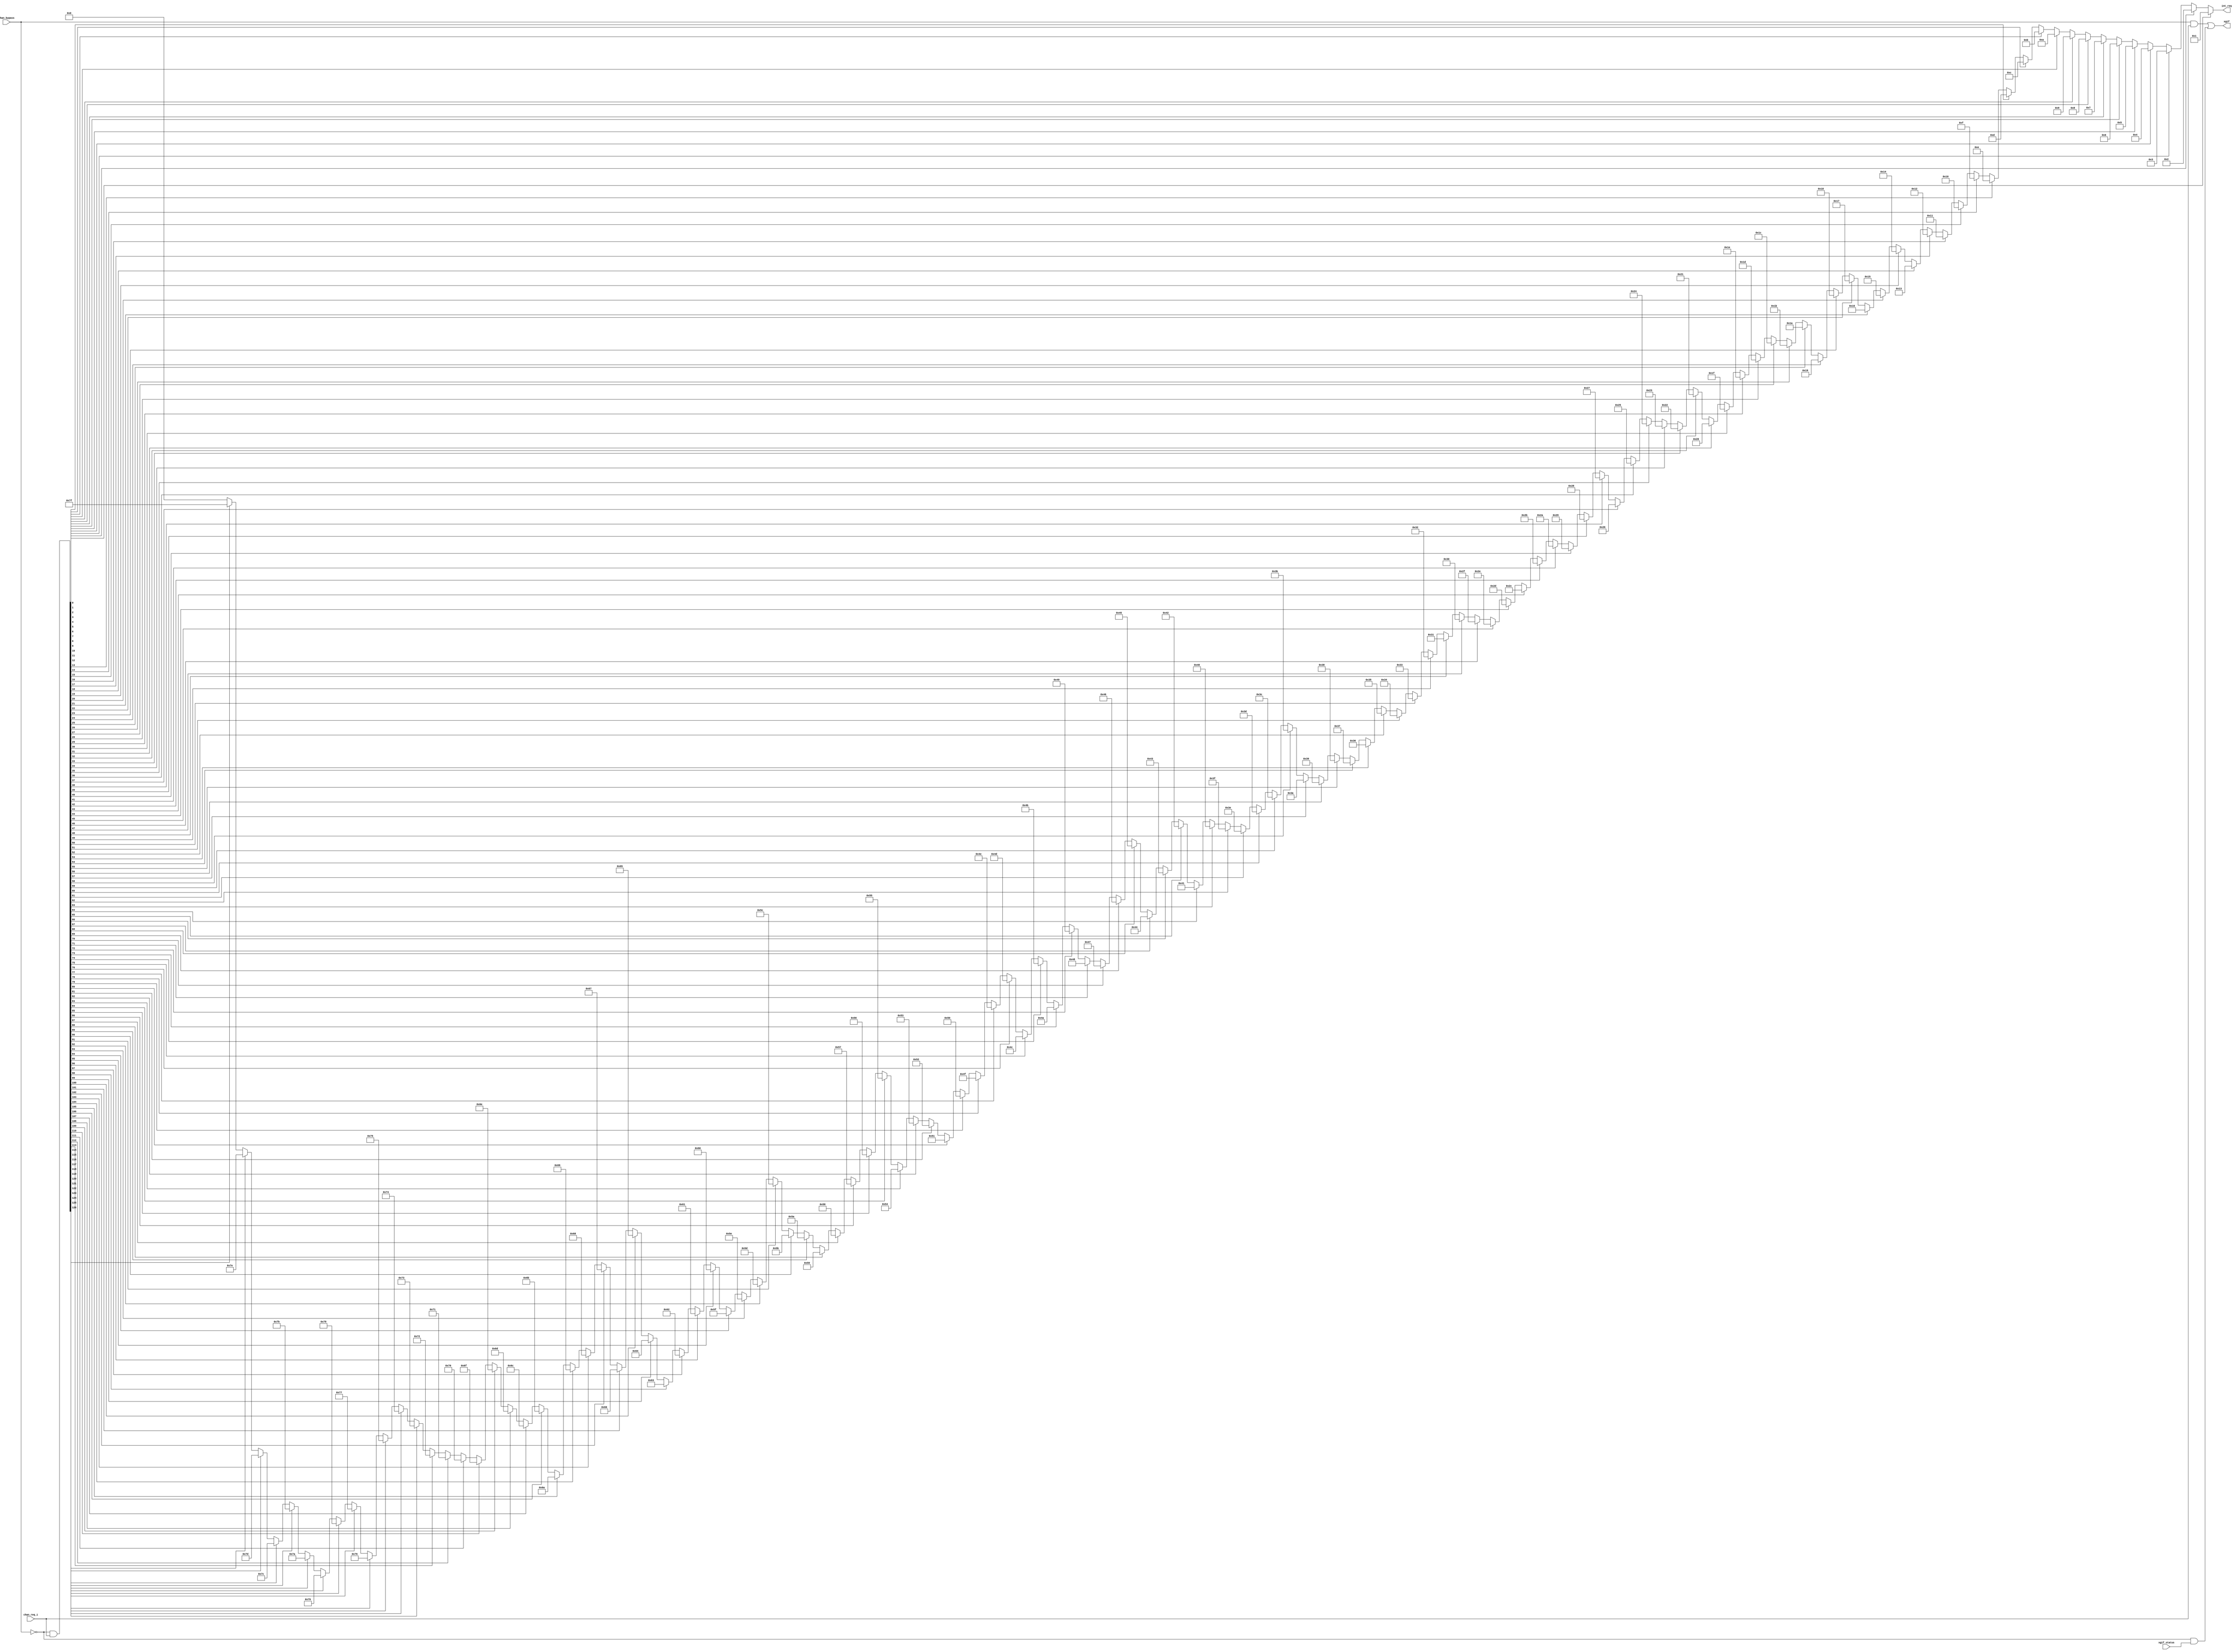
////////////////////////////////////////////////////////////////////////////////
//
//  XGATE Coprocessor - XGATE interrupt encoder
//
//          rehayes@opencores.org
//
//  Downloaded from: http://www.opencores.org/projects/xgate.....
//
////////////////////////////////////////////////////////////////////////////////
// Copyright (c) 2009, Robert Hayes
//
// This source file is free software: you can redistribute it and/or modify
// it under the terms of the GNU Lesser General Public License as published
// by the Free Software Foundation, either version 3 of the License, or
// (at your option) any later version.
//
// Supplemental terms.
//     * Redistributions of source code must retain the above copyright
//       notice, this list of conditions and the following disclaimer.
//     * Neither the name of the <organization> nor the
//       names of its contributors may be used to endorse or promote products
//       derived from this software without specific prior written permission.
//
// THIS SOFTWARE IS PROVIDED BY Robert Hayes ''AS IS'' AND ANY
// EXPRESS OR IMPLIED WARRANTIES, INCLUDING, BUT NOT LIMITED TO, THE IMPLIED
// WARRANTIES OF MERCHANTABILITY AND FITNESS FOR A PARTICULAR PURPOSE ARE
// DISCLAIMED. IN NO EVENT SHALL Robert Hayes BE LIABLE FOR ANY
// DIRECT, INDIRECT, INCIDENTAL, SPECIAL, EXEMPLARY, OR CONSEQUENTIAL DAMAGES
// (INCLUDING, BUT NOT LIMITED TO, PROCUREMENT OF SUBSTITUTE GOODS OR SERVICES;
// LOSS OF USE, DATA, OR PROFITS; OR BUSINESS INTERRUPTION) HOWEVER CAUSED AND
// ON ANY THEORY OF LIABILITY, WHETHER IN CONTRACT, STRICT LIABILITY, OR TORT
// (INCLUDING NEGLIGENCE OR OTHERWISE) ARISING IN ANY WAY OUT OF THE USE OF THIS
// SOFTWARE, EVEN IF ADVISED OF THE POSSIBILITY OF SUCH DAMAGE.
//
// You should have received a copy of the GNU General Public License
// along with this program.  If not, see <http://www.gnu.org/licenses/>.
////////////////////////////////////////////////////////////////////////////////
// 45678901234567890123456789012345678901234567890123456789012345678901234567890


module xgate_irq_encode #(parameter MAX_CHANNEL = 127)    // Max XGATE Interrupt Channel Number
(
  output reg          [ 6:0] int_req,     // Encoded interrupt request to RISC
  output     [MAX_CHANNEL:1] xgif,        // Interrupt outputs to Host

  input      [MAX_CHANNEL:1] chan_req_i,  // XGATE Interrupt requests from peropherials
  input      [MAX_CHANNEL:1] chan_bypass, // XGATE Interrupt bypass
  input      [MAX_CHANNEL:1] xgif_status  // Interrupt outputs from RISC core
);

  integer i;  // Loop Counter for array index
  wire [MAX_CHANNEL:1] chan_ena_gate;  // Ouptut of channel enable gating

  // Pass non-bypassed interrupt inputs to XGATE RISC
  assign chan_ena_gate = ~chan_bypass & chan_req_i;

  // Set int_reg to the index of the index of the lowest chan_req_i input that is active
  always @(chan_ena_gate)
    begin
      int_req = 0;
        for (i = MAX_CHANNEL; i >= 1; i = i - 1)
          if (chan_ena_gate[i] == 1'b1)
            int_req = i;
    end

  // XGATE output interrupt mux
  assign xgif = (chan_bypass & chan_req_i) | (~chan_bypass & xgif_status);


endmodule  // xgate_irq_encode